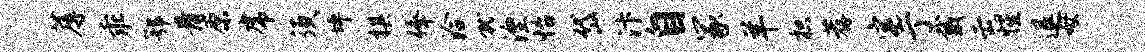
蓐乖鄂骨原虎须坪棋俸洽就湮怡岱汴自冢羊枳荐宅亍戴云惺退母